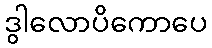
ဒွါလောပိကောပေ